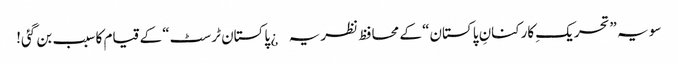
سو یہ ”تحریکِ کارکنانِ پاکستان“ کے محافظ نظریہ¿ پاکستان ٹرسٹ“ کے قیام کا سبب بن گئی!